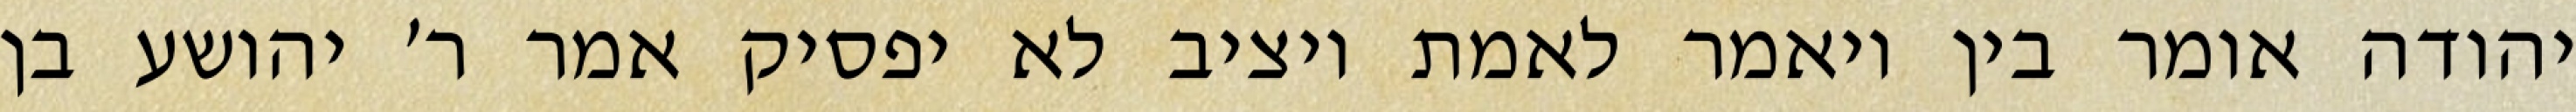
יהודה אומר בין ויאמר לאמת ויציב לא יפסיק אמר ר׳ יהושע בן